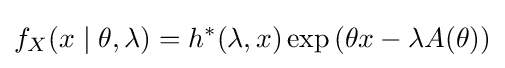
f_{X}(x\mid \theta ,\lambda )=h^{*}(\lambda ,x)\exp \left(\theta x-\lambda A(\theta )\right)\,\!